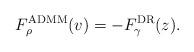
LaTeX: \begin{align*}F_{\rho}^{\rm{ADMM}}(v)&=-F_{\gamma}^{\rm{DR}}(z).\end{align*}